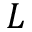
L